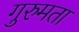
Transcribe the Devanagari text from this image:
गुरुमता